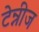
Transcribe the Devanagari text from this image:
टेन्नीज